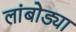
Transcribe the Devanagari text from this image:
लांबोड्या